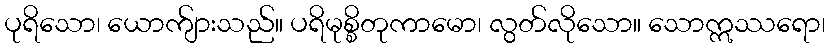
ပုရိသော၊ ယောက်ျားသည်။ ပရိမုစ္စိတုကာမော၊ လွတ်လိုသော။ သောဣဿရော၊